Vaccination in Bombay 1863-1868 - 1863-1868
Year: 1863
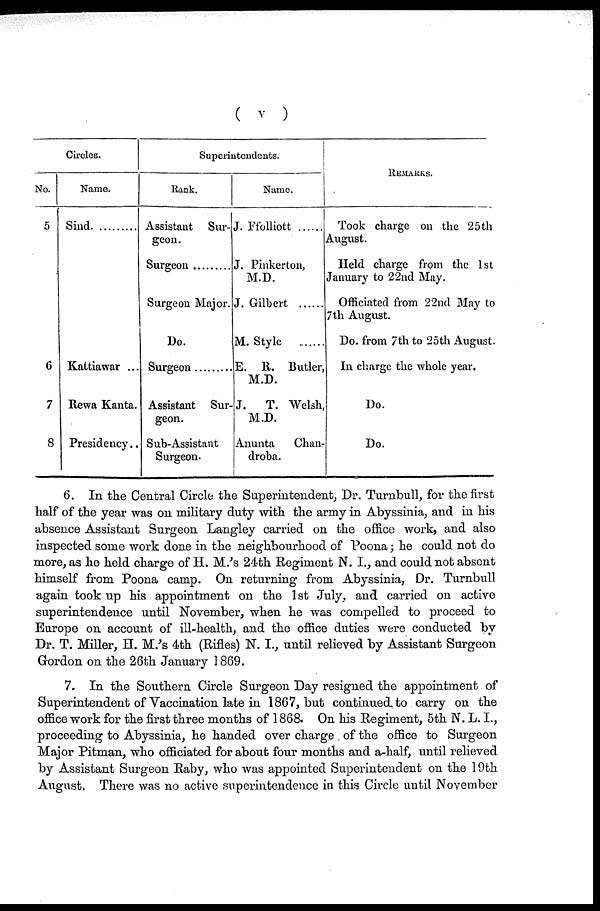
( v )
Circles.
No.
5
6
7
8
Name.
Sind
Kattiawar ...
Rewa Kanta.
Presidency..
Superintendents.
Rank.
Assistant Sur-
geon.
Surgeon ............
Surgeon Major.
Do.
Surgeon ...........
Assistant Sur-
geon.
Sub-Assistant
Surgeon.
Name.
J. Ffolliott .........
J. Pinkerton,
M.D.
J. Gilbert .........
M. Style .........
E. R. Butler,
M.D.
J.
T. Welsh,
M.D.
Anunta
Chan-
droba.
REMARKS.
Took charge on the 25th
August.
Held charge from the 1st
January to 22nd May.
Officiated from 22nd May to
7th August.
Do. from 7th to 25th August
In charge the whole year.
Do.
Do.
6. In the Central Circle the Superintendent, Dr. Turnbull, for the first
half of the year was on military duty with the army in Abyssinia, and in his
absence Assistant Surgeon Langley carried on the office work, and also
inspected some work done in the neighbourhood of Poona; he could not do
more, as he held charge of H. M.'s 24th Regiment N. I., and could not absent
himself from Poona camp. On returning from Abyssinia, Dr. Turnbull
again took up his appointment on the 1st July, and carried on active
superintendence until November, when he was compelled to proceed to
Europe on account of ill-health, and the office duties were conducted by
Dr. T. Miller, H. M.'s 4th (Rifles) N. I., until relieved by Assistant Surgeon
Gordon on the 26th January 1869.
7. In the Southern Circle Surgeon Day resigned the appointment of
Superintendent of Vaccination late in 1867, but continued to carry on the
office work for the first three months of 1868. On his Regiment, 5th N. L. I.,
proceeding to Abyssinia, he handed over charge of the office to Surgeon
Major Pitman, who officiated for about four months and a-half, until relieved
by Assistant Surgeon Raby, who was appointed Superintendent on the 19th
August. There was no active superintendence in this Circle until November